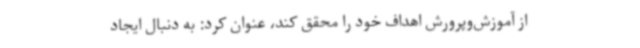
از آموزش‌وپرورش اهداف خود را محقق کند، عنوان کرد: به دنبال ایجاد